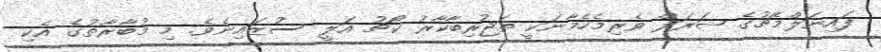
ފައިނަލްމެޗުގެ ޝަރަފް ވެރިމެހެމާނަކީ ތަޖުރިބާކާރު ކޯޗު އަލީ ސުޒައިނެވެ. މި މުބާރާތުގެ އެކި